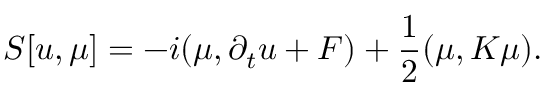
S [ { u } , { \mu } ] = - i ( { \mu } , \partial _ { t } { u } + { \cal F } ) + \frac { 1 } { 2 } ( { \mu } , K { \mu } ) .